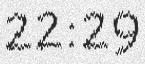
22:29